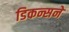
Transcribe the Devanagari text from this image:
डिकन्सने